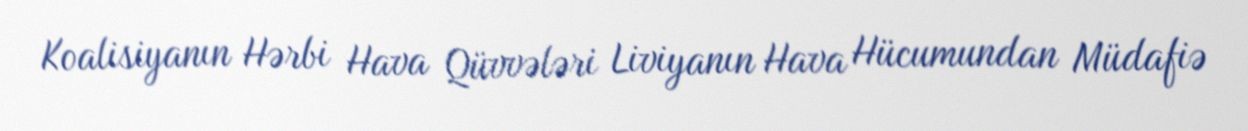
Koalisiyanın Hərbi Hava Qüvvələri Liviyanın Hava Hücumundan Müdafiə